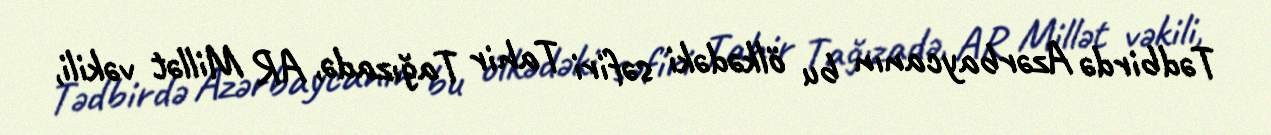
Tədbirdə Azərbaycanın bu ölkədəki səfiri Tahir Tağızadə, AR Millət vəkili,